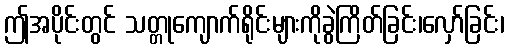
ဤအပိုင်းတွင် သတ္တုကျောက်ရိုင်းများကိုခွဲကြိတ်ခြင်း၊လှော်ခြင်း၊